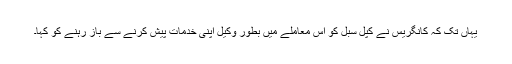
یہاں تک کہ کانگریس نے کپل سبل کو اس معاملے میں بطور وکیل اپنی خدمات پیش کرنے سے باز رہنے کو کہا۔